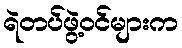
ရဲတပ်ဖွဲ့ဝင်များက